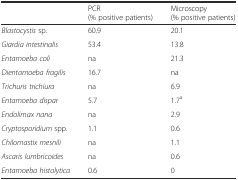
<table><thead><tr><td></td><td><b>PCR (% positive patients)</b></td><td><b>Microscopy (% positive patients)</b></td></tr></thead><tbody><tr><td><i>Blastocystis</i> sp.</td><td>60.9</td><td>20.1</td></tr><tr><td><i>Giardia intestinalis</i></td><td>53.4</td><td>13.8</td></tr><tr><td><i>Entamoeba coli</i></td><td>na</td><td>21.3</td></tr><tr><td><i>Dientamoeba fragilis</i></td><td>16.7</td><td>na</td></tr><tr><td><i>Trichuris trichiura</i></td><td>na</td><td>6.9</td></tr><tr><td><i>Entamoeba dispar</i></td><td>5.7</td><td>1.7<sup>a</sup></td></tr><tr><td><i>Endolimax nana</i></td><td>na</td><td>2.9</td></tr><tr><td><i>Cryptosporidium</i> spp.</td><td>1.1</td><td>0.6</td></tr><tr><td><i>Chilomastix mesnili</i></td><td>na</td><td>1.1</td></tr><tr><td><i>Ascaris lumbricoides</i></td><td>na</td><td>0.6</td></tr><tr><td><i>Entamoeba histolytica</i></td><td>0.6</td><td>0</td></tr></tbody></table>